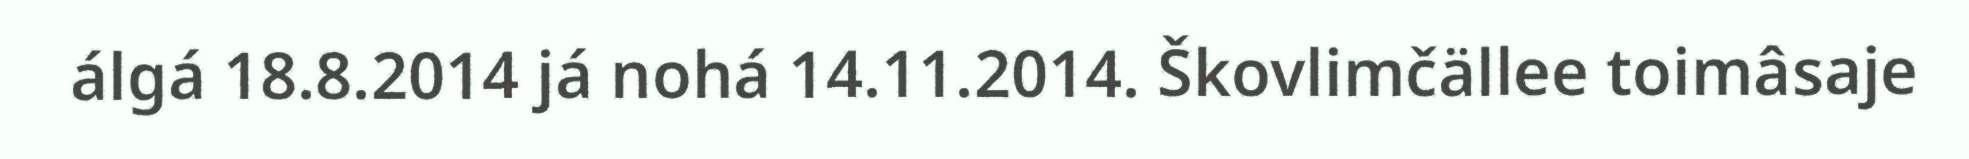
álgá 18.8.2014 já nohá 14.11.2014. Škovlimčällee toimâsaje